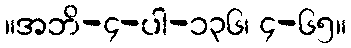
။အဘိ-၄-ပါ-၁၃၆၊ ၄-၆၅။